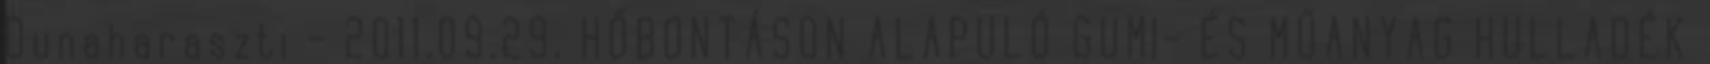
Dunaharaszti - 2011.09.29. HŐBONTÁSON ALAPULÓ GUMI- ÉS MŰANYAG HULLADÉK